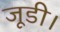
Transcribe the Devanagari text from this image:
जूडी।